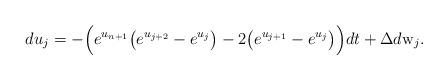
LaTeX: \begin{align*}d u_j =-\Big ( e^{u_{n+1}} \big ( e^{u_{j+2}}- e^{u_{j}} \big ) -2 \big ( e^{u_{j+1}}- e^{u_{j}} \big ) \Big ) dt+ \Delta d{\mathrm w}_j. \end{align*}